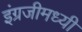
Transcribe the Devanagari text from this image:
इंग्रजीमध्यी